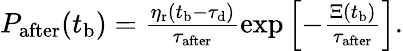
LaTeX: \begin{array}{r}{P_{\mathrm{after}}(t_{\mathrm{b}})=\frac{\eta_{\mathrm{r}}(t_{\mathrm{b}}-\tau_{\mathrm{d}})}{\tau_{\mathrm{after}}}\exp\left[-\frac{\Xi(t_{\mathrm{b}})}{\tau_{\mathrm{after}}}\right].}\end{array}